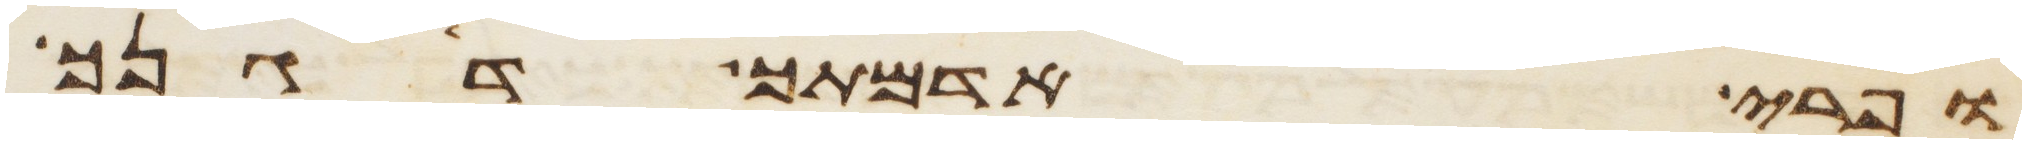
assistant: ופרי אדמתך דגנך